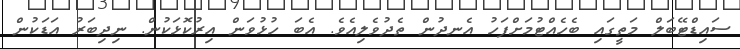
ސައިޑްޓޭބަލް މަތީގައި ބެހެއްޓުމަށްފަހު އެނދުން ތެދުވެލިއެވެ. އެބަ ހުޅުވަން އިރުކޮޅަކުން. ނިދިބަރު އަޑަކުން